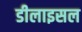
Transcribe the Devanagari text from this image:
डीलाइसल